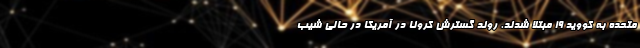
متحده به کووید ۱۹ مبتلا شدند. روند گسترش کرونا در آمریکا در حالی شیب